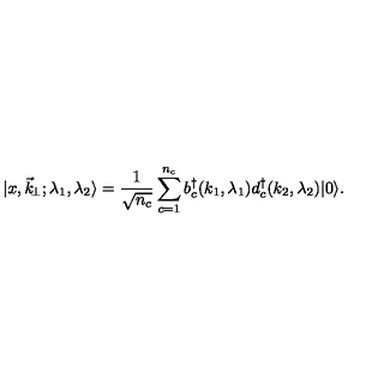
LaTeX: \vert x , \vec { k } _ { \! \perp } ; \lambda _ { 1 } , \lambda _ { 2 } \rangle = { \frac { 1 } { \sqrt { n _ { c } } } } \sum _ { c = 1 } ^ { n _ { c } } b _ { c } ^ { \dagger } ( k _ { 1 } , \lambda _ { 1 } ) d _ { c } ^ { \dagger } ( k _ { 2 } , \lambda _ { 2 } ) \vert 0 \rangle .